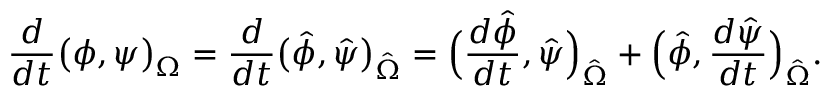
\frac { d } { d t } \big ( \phi , \psi \big ) _ { \Omega } = \frac { d } { d t } \big ( \hat { \phi } , \hat { \psi } \big ) _ { \hat { \Omega } } = \Big ( \frac { d \hat { \phi } } { d t } , \hat { \psi } \Big ) _ { \hat { \Omega } } + \Big ( \hat { \phi } , \frac { d \hat { \psi } } { d t } \Big ) _ { \hat { \Omega } } .